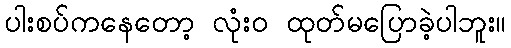
ပါးစပ်ကနေတော့ လုံးဝ ထုတ်မပြောခဲ့ပါဘူး။